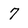
Character: 7